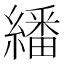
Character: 繙